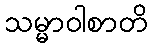
သမ္မာဝါစာတိ